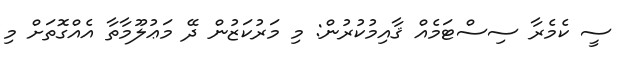
ސީ ކެމެރާ ސިސްޓަމެއް ޤާއިމުކުރުން: މި މަރުކަޒުން ދޭ މަޢުލޫމާތާ އެއްގޮތަށް މި